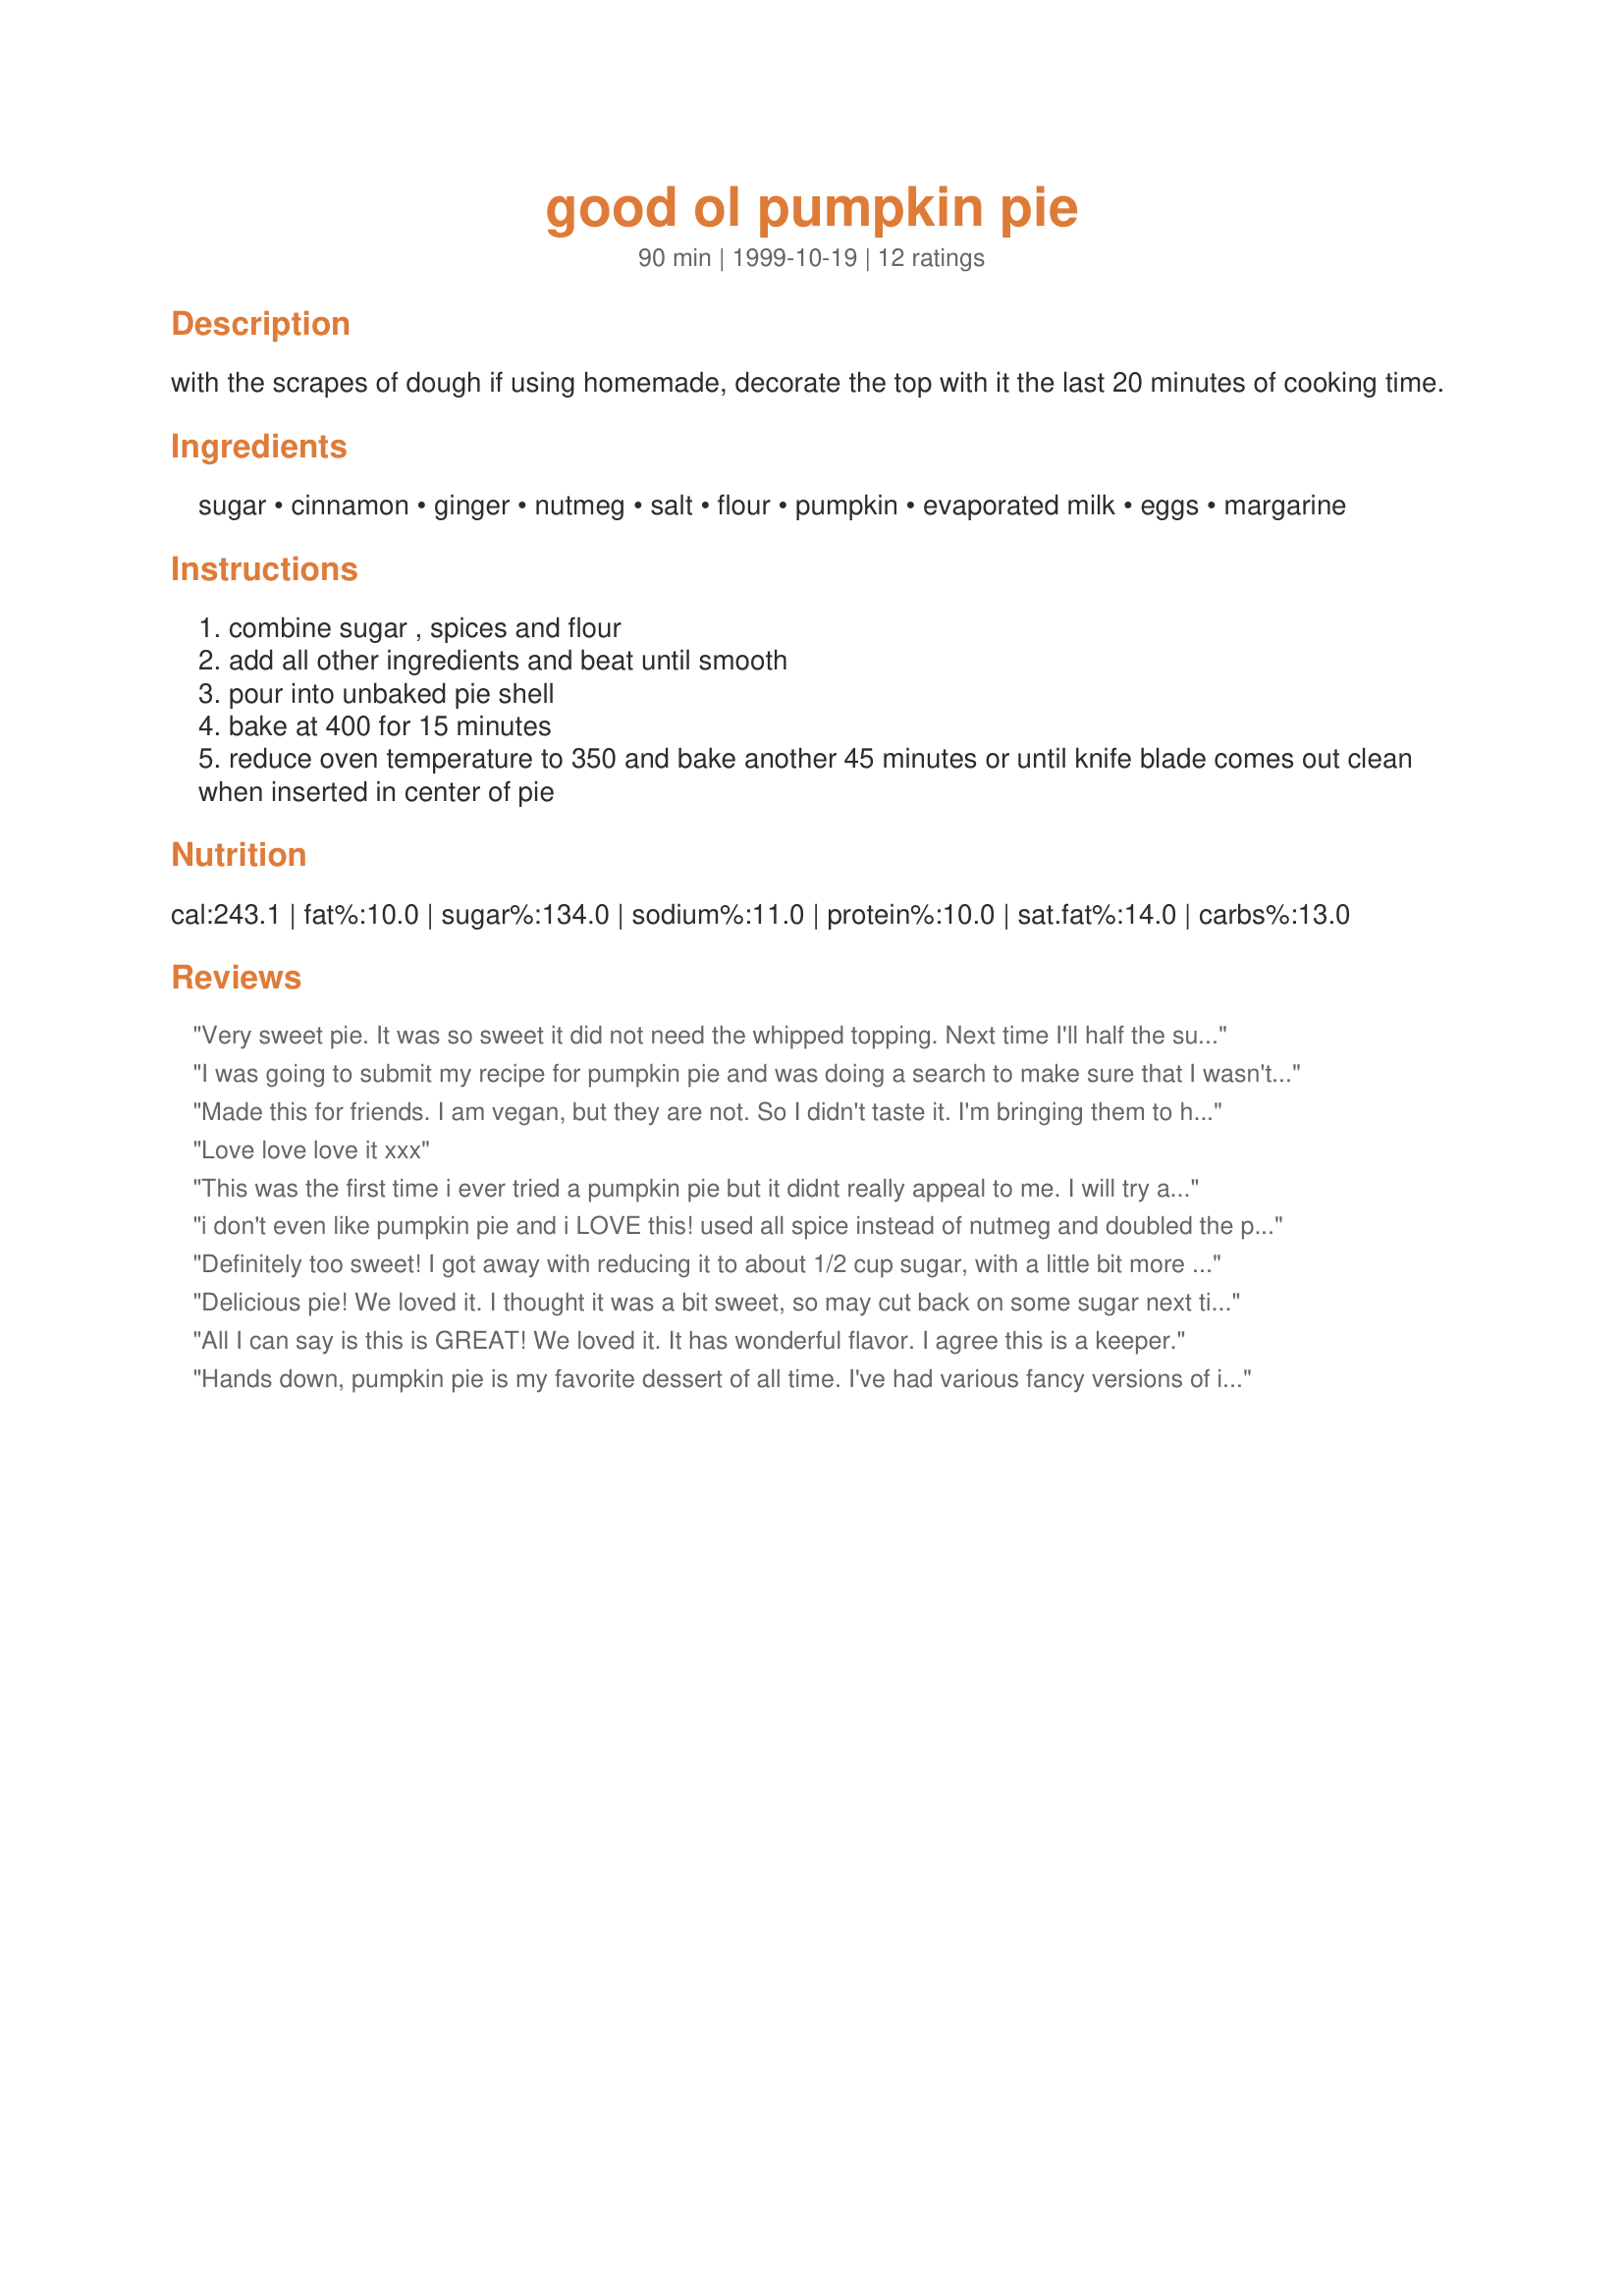
good ol pumpkin pie
Preparation time: 90 minutes

with the scrapes of dough if using homemade, decorate the top with it the last 20 minutes of cooking time.

Ingredients:
sugar, cinnamon, ginger, nutmeg, salt, flour, pumpkin, evaporated milk, eggs, margarine

Steps:
combine sugar , spices and flour
add all other ingredients and beat until smooth
pour into unbaked pie shell
bake at 400 for 15 minutes
reduce oven temperature to 350 and bake another 45 minutes or until knife blade comes out clean when inserted in center of pie

Reviews:
Very sweet pie. It was so sweet it did not need the whipped topping. Next time I'll half the sugar so we can still add the pretty white dollops of sweetened whipped cream. 
I used this with my own unsweetened pumpkin puree too.
I was going to submit my recipe for pumpkin pie and was doing a search to make sure that I wasn't repeating an already existing recipe. This is the one I make and we love!!! I only use 3/4 c. sugar, omit margarine and use 2% milk if I don't have the evaporated. I put it all in the blender and pour into pie shell. Easy and sooo good!
Made this for friends. I am vegan, but they are not. So I didn't taste it. I'm bringing them to her today. Hopefully, she likes them :) Recipe seems great! I didn't have evap milk, so I used 1 cup of almond milk for two pies. The pies set well, and smell great.
Love love love it xxx
This was the first time i ever tried a pumpkin pie but it didnt really appeal to me. I will try a different recipe in the future but not anytime soon TY Dancer
i don't even like pumpkin pie and i LOVE this! used all spice instead of nutmeg and doubled the pie dough. fabulous
Definitely too sweet! I got away with reducing it to about 1/2 cup sugar, with a little bit more pumpkin to make up for the volume loss. But otherwise a great recipe.
Delicious pie! We loved it. I thought it was a bit sweet, so may cut back on some sugar next time. But my husband loved the sweetness. It's a definite keeper.
All I can say is this is GREAT! We loved it. It has wonderful flavor. I agree this is a keeper.
Hands down, pumpkin pie is my favorite dessert of all time. I've had various fancy versions of it over the years but nothing comes close to the original basic pumpkin pie :)
I was looking for an easy pumpkin pie recipe and this was it. I don't even like pumpkin pie but this tastes great!
I am a dorkus!! I ended up making this twice b/c the first time I forgot to add the sugar. It tasted ok like that, just a little "raw". I was using organic canned pumpkin from Trader Joes. I made it again for Christmas (adding the sugar this time) and it came out perfectly! Very nicely flavored pumpkin pie. Thanks. :)
